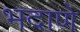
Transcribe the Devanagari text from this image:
भदाणे